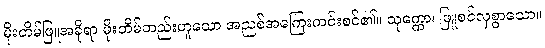
မိုးတိမ်ဖြူအခိုရာ မိုးတိမ်တည်းဟူသော အညစ်အကြေးကင်းစင်၏။ သုက္ကော၊ ဖြူစင်လှစွာသော။